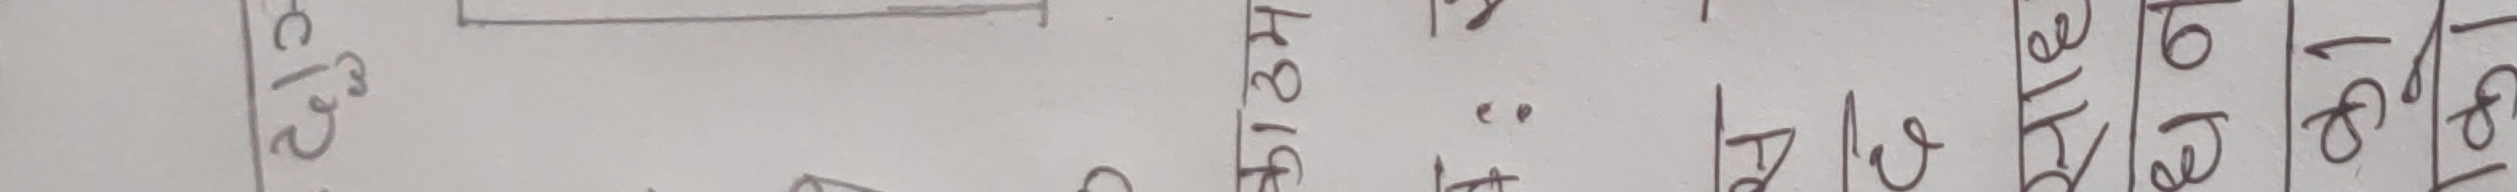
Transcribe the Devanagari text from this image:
१८।६।०१